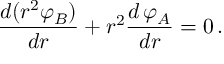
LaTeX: \frac { d ( r ^ { 2 } { \varphi } _ { B } ) } { d r } + r ^ { 2 } \frac { d \, \varphi _ { A } } { d r } = 0 \, .